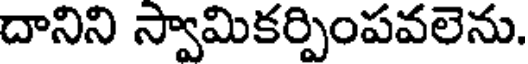
దానిని స్వామికర్పింపవలెను.